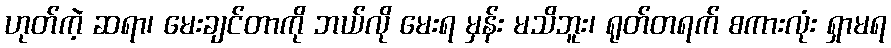
ဟုတ်ကဲ့ ဆရာ၊ မေးချင်တာကို ဘယ်လို မေးရ မှန်း မသိဘူး၊ ရုတ်တရက် စကားလုံး ရှာမရ